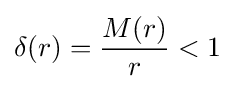
\delta (r)={M(r) \over r}<1